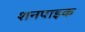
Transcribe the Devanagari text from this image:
शनपाइक